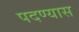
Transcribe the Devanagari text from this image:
पदण्यास